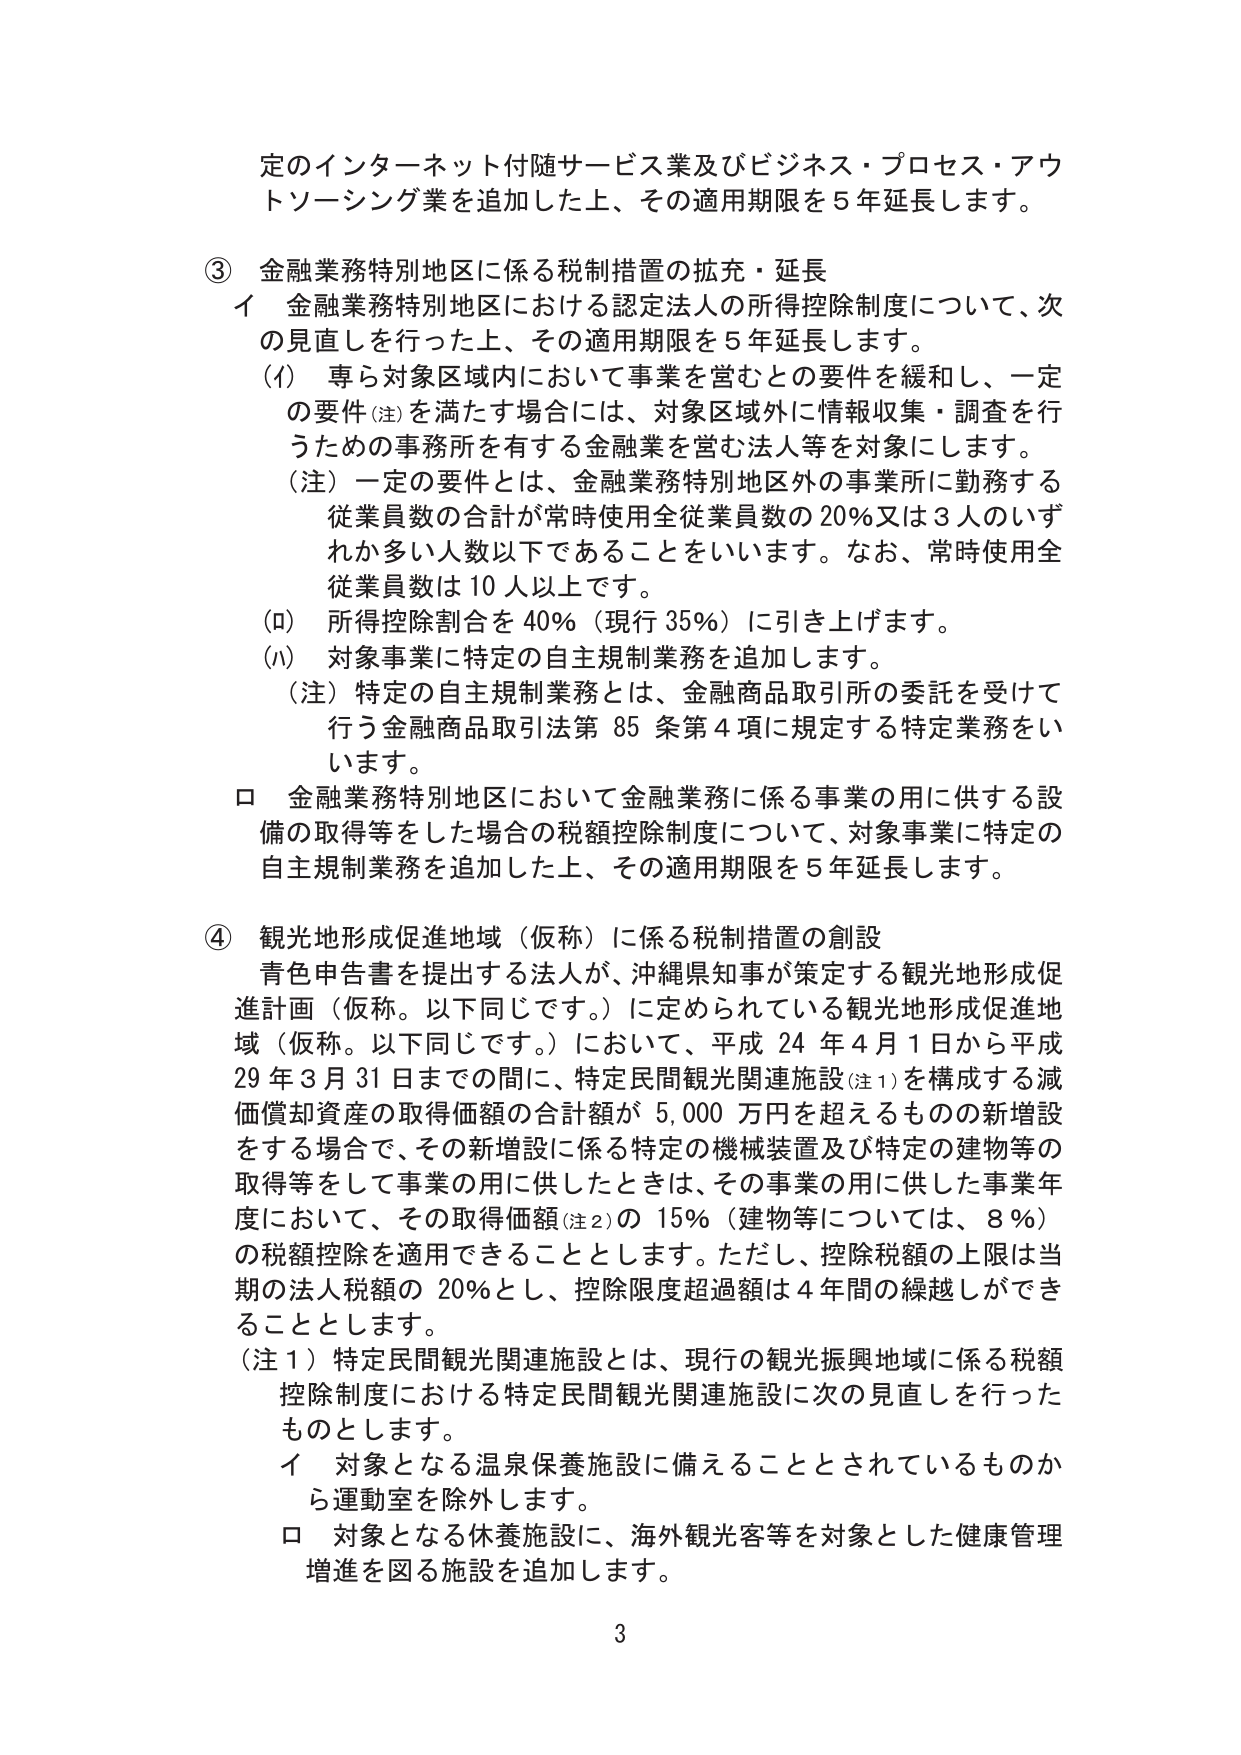
定のインターネット付随サービス業及びビジネス・プロセス・アウトソーシング業を追加した上、その適用期限を5年延長します。

③ 金融業務特別地区に係る税制措置の拡充・延長
イ 金融業務特別地区における認定法人の所得控除制度について、次の見直しを行った上、その適用期限を5年延長します。
（イ）専ら対象区域内において事業を営むとの要件を緩和し、一定の要件（注）を満たす場合には、対象区域外に情報収集・調査を行うための事務所を有する金融業を営む法人等を対象にします。
（注）一定の要件とは、金融業務特別地区外の事業所に勤務する従業員数の合計が常時使用全従業員数の20％又は3人のいずれか多い人数以下であることをいいます。なお、常時使用全従業員数は10人以上です。
（ロ）所得控除割合を40％（現行35％）に引き上げます。
（ハ）対象事業に特定の自主規制業務を追加します。
（注）特定の自主規制業務とは、金融商品取引所の委託を受けて行う金融商品取引法第85条第4項に規定する特定業務をいいます。
ロ 金融業務特別地区において金融業務に係る事業の用に供する設備の取得等をした場合の税額控除制度について、対象事業に特定の自主規制業務を追加した上、その適用期限を5年延長します。

④ 観光地形成促進地域（仮称）に係る税制措置の創設
青色申告書を提出する法人が、沖縄県知事が策定する観光地形成促進計画（仮称。以下同じです。）に定められている観光地形成促進地域（仮称。以下同じです。）において、平成24年4月1日から平成29年3月31日までの間に、特定民間観光関連施設（注1）を構成する減価償却資産の取得価額の合計額が5,000万円を超えるものの新增設をする場合で、その新增設に係る特定の機械装置及び特定の建物等の取得等をして事業の用に供したときは、その事業の用に供した事業年度において、その取得価額（注2）の15％（建物等については、8％）の税額控除を適用できることとします。ただし、控除税額の上限は当期の法人税額の20％とし、控除限度超過額は4年間の繰越しができることとします。
（注1）特定民間観光関連施設とは、現行の観光振興地域に係る税額控除制度における特定民間観光関連施設に次の見直しを行ったものとします。
イ 対象となる温泉保養施設に備えることとされているものから運動室を除外します。
ロ 対象となる休養施設に、海外観光客等を対象とした健康管理増進を図る施設を追加します。

3